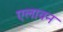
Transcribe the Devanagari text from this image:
एलावन